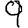
Digit: 9